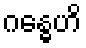
ဂန္ဓေဟိ